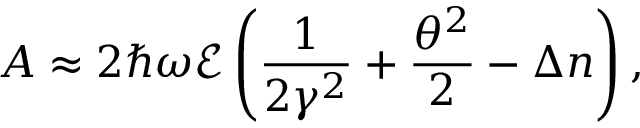
A \approx 2 \hbar \omega \mathcal { E } \left( \frac { 1 } { 2 \gamma ^ { 2 } } + \frac { \theta ^ { 2 } } { 2 } - \Delta n \right) ,